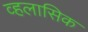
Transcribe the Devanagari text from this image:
व्हलासिक